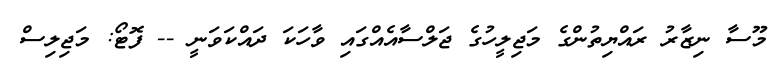
މޫސާ ނިޒާރު ރައްޔިތުންގެ މަޖިލީހުގެ ޖަލްސާއެއްގައި ވާހަކަ ދައްކަވަނީ -- ފޮޓޯ: މަޖިލިސް